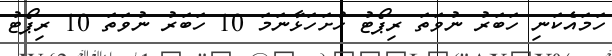
ހަމައެކަނި ހަބަރު ނުވަތަ ރިޕޯޓު ހުށަހަޅާނަމަ 10 ހަބަރު ނުވަތަ 10 ރިޕޯޓު